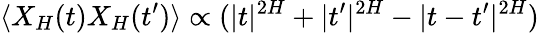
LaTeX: \langle X_{H}(t)X_{H}(t^{\prime})\rangle\propto(|t|^{2H}+|t^{\prime}|^{2H}-|t-t^{\prime}|^{2H})